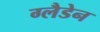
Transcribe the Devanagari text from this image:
ग्लैडेन